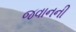
જવાનની